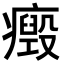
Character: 𤻏